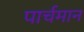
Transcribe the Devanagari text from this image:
पार्चमान